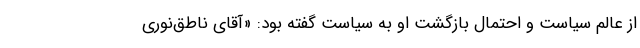
از عالم سیاست و احتمال بازگشت او به سیاست گفته بود: «آقای ناطق‌نوری